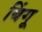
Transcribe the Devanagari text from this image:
बिंगू